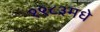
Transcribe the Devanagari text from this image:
१९८३मधे